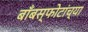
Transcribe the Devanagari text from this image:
बाँबस्फोटांच्या